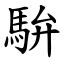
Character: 䮁